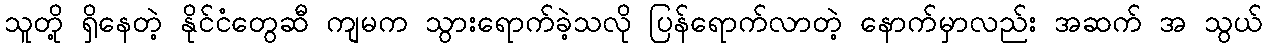
သူတို့ ရှိနေတဲ့ နိုင်ငံတွေဆီ ကျမက သွားရောက်ခဲ့သလို ပြန်ရောက်လာတဲ့ နောက်မှာလည်း အဆက် အ သွယ်